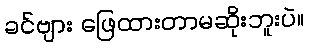
ခင်ဗျား ဖြေထားတာမဆိုးဘူးပဲ။